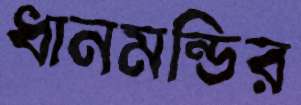
ধানমন্ডির